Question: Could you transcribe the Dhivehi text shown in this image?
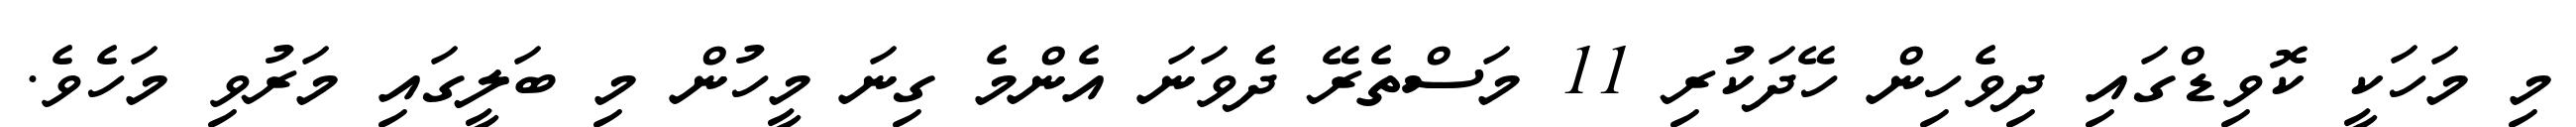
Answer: މި މަހަކީ ކޮވިޑްގައި ދިވެހިން ހޭދަކުރި 11 މަސްތެރޭ ދެވަނަ އެންމެ ގިނަ މީހުން މި ބަލީގައި މަރުވި މަހެވެ.